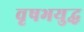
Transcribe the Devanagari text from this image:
वृषभयुद्ध